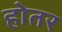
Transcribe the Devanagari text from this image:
होतर